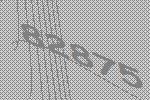
82875